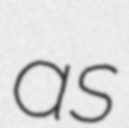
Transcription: as